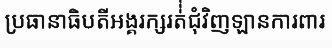
ប្រធានាធិបតីអង្គរក្សរត់់់ជុំវិញឡានការពារ